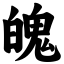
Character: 魄